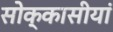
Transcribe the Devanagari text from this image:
सोक्कासीयां